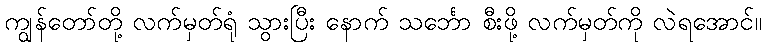
ကျွန်တော်တို့ လက်မှတ်ရုံ သွားပြီး နောက် သင်္ဘော စီးဖို့ လက်မှတ်ကို လဲရအောင်။